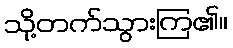
သို့တက်သွားကြ၏။